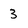
Character: 3